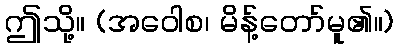
ဤသို့။ (အဝေါစ၊ မိန့်တော်မူ၏။)